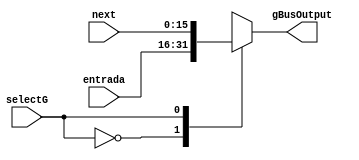
module muxG
#(parameter DATA_WIDTH=16)
(
	input [DATA_WIDTH-1:0] entrada, // registrador entrada
	input [DATA_WIDTH-1:0] next,
	input selectG,
	output wire [DATA_WIDTH-1:0] gBusOutput
);

	reg [DATA_WIDTH-1:0] res;
	
	assign gBusOutput = res;

	always @(*)
		begin
			case(selectG)
			1'b0: res = entrada;
			1'b1: res = next;
			endcase
		end
endmodule